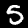
Digit: 5